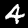
Label: 4